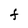
Character: t